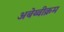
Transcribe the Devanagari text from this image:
अबेय्वीक्रम